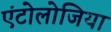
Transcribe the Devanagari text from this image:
एंटोलोजिया